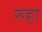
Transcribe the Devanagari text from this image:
रुहा